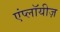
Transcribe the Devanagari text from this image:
एंप्लॉयीज़